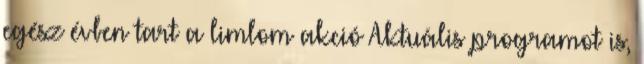
egész évben tart a limlom akció Aktuális programot is,